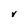
Character: V